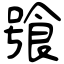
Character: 飸